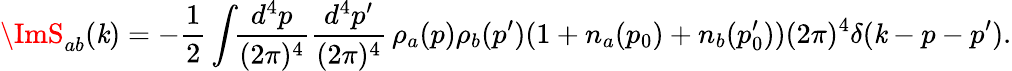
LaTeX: \ImS_{ab}(\mathit{k})=-\frac{1}{2}\int\! \! \frac{{d^{4}p}}{{(2\pi)^{4}}}\frac{{d^{4}p^{\prime}}}{{(2\pi)^{4}}}\, \rho_{a}(p)\rho_{b}(p^{\prime})(1+n_{a}(p_{0})+n_{b}(p_{0}^{\prime}))(2\pi)^{4}\delta(\mathit{k}-p-p^{\prime}).